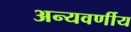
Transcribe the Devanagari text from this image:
अन्यवर्णीय